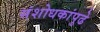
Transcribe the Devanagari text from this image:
संशोधकांपुढे